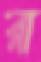
রা